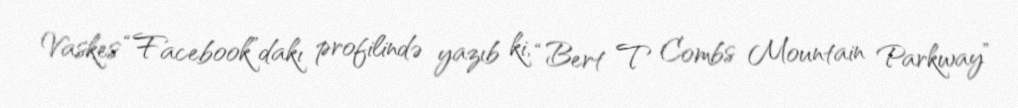
Vaskes “Facebook”dakı profilində yazıb ki, “Bert T Combs Mountain Parkway”